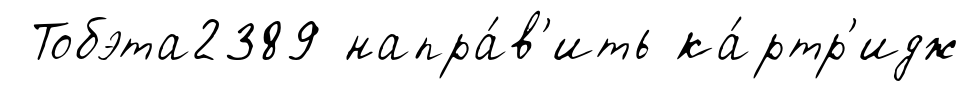
Тобэта2389 напра́в'ить ка́ртр'идж